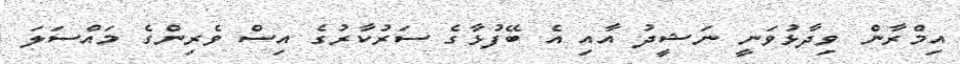
އިމްރާން ވިދާޅުވަނީ ނަޝީދު އާއި އެ ބޭފުޅާގެ ސަރުކާރުގެ އިސް ވެރިންގެ މައްސަލަ